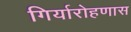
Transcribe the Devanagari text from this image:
गिर्यारोहणास